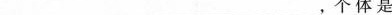
是___，个体是